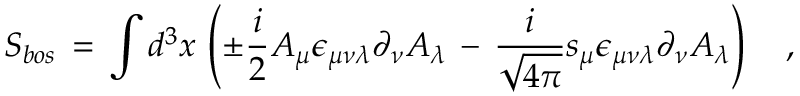
S _ { b o s } \, = \, \int d ^ { 3 } x \, \left( \pm \frac { i } { 2 } A _ { \mu } \epsilon _ { \mu \nu \lambda } \partial _ { \nu } A _ { \lambda } \, - \, \frac { i } { \sqrt { 4 \pi } } s _ { \mu } \epsilon _ { \mu \nu \lambda } \partial _ { \nu } A _ { \lambda } \right) ~ ~ ~ ,